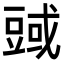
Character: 𧯱